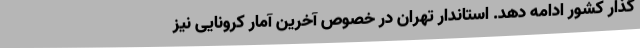
گذار کشور ادامه دهد. استاندار تهران در خصوص آخرین آمار کرونایی نیز